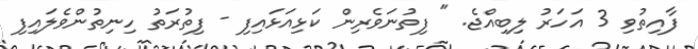
ފާއިތުވި 3 އަހަރު ލިބިއްޖެ. " ފިތުނަވެރިން ކަޅިއަޅައިފި - ފިތުރަތު ހިނިތުންވެލައިފި